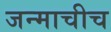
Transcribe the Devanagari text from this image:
जन्माचीच